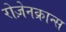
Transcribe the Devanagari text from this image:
रोज़ेनक्रान्स